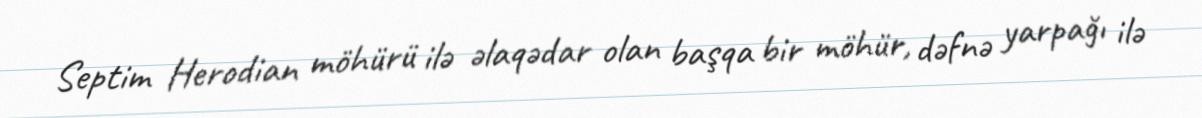
Septim Herodian möhürü ilə əlaqədar olan başqa bir möhür, dəfnə yarpağı ilə